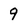
Character: 9